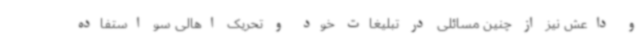
و داعش نیز از چنین مسائلی در تبلیغات خود و تحریک اهالی سو استفاده